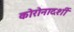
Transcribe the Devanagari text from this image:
कोरोनादर्शी